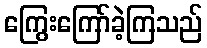
ကြွေးကြော်ခဲ့ကြသည်